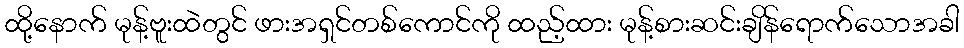
ထို့နောက် မုန့်ဗူးထဲတွင် ဖားအရှင်တစ်ကောင်ကို ထည့်ထား မုန့်စားဆင်းချိန်ရောက်သောအခါ